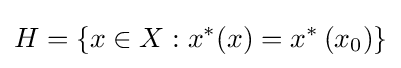
H=\{x\in X:x^{*}(x)=x^{*}\left(x_{0}\right)\}